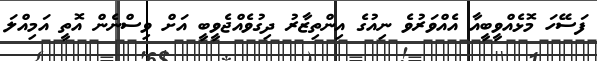
ފަސޭހަ މޮޅެއްވީބީއާ އެއްވަރުވެ ނިއުގެ އިންތިޒާރު ދިގުވެއްޖެވީބީ އަށް ވިސްނެން އޮތީ އަމިއްލަ